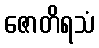
ဇောတိရသံ